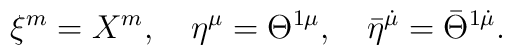
\xi^m=X^m, \quad \eta^\mu=\Theta^{1\mu}, \quad\bar\eta^{\dot\mu}=\bar\Theta^{1\dot\mu}.